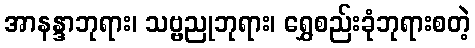
အာနန္ဒာဘုရား၊ သဗ္ဗညုဘုရား၊ ရွှေစည်းခုံဘုရားစတဲ့